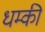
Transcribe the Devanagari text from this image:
धम्की